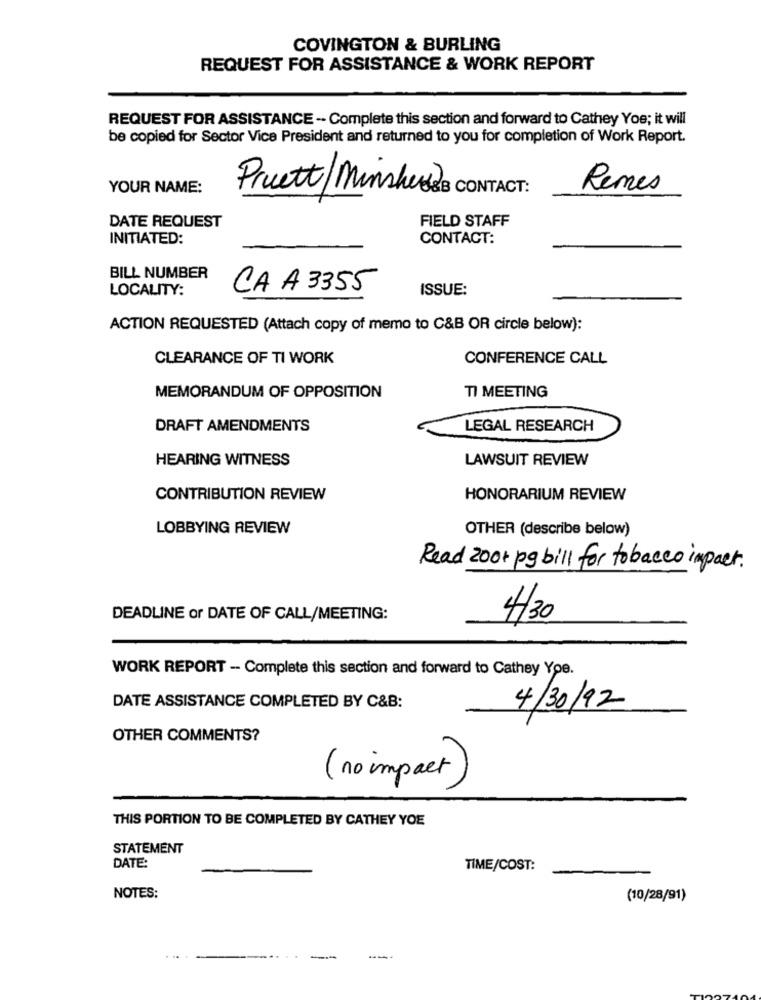
COVINGTON & BURLING
REQUEST FOR ASSISTANCE & WORK REPORT
REQUEST FOR ASSISTANCE -- Complete this section and forward to Cathey Yoe; it will
be copied for Sector Vice President and returned to you for completion of Work Report.
YOUR NAME:
Remes
Pruett|Minshere's CONTACT :
DATE REQUEST
FIELD STAFF
INITIATED:
CONTACT:
BILL NUMBER
LOCALITY:
CA A 3355
ISSUE:
ACTION REQUESTED (Attach copy of memo to C&B OR circle below):
CLEARANCE OF TI WORK
CONFERENCE CALL
MEMORANDUM OF OPPOSITION
TI MEETING
DRAFT AMENDMENTS
LEGAL RESEARCH
HEARING WITNESS
LAWSUIT REVIEW
CONTRIBUTION REVIEW
HONORARIUM REVIEW
LOBBYING REVIEW
OTHER (describe below)
Read 200+ pg bill for tobacco impact.
DEADLINE or DATE OF CALL/MEETING:
4/30
WORK REPORT - Complete this section and forward to Cathey Yoe.
DATE ASSISTANCE COMPLETED BY C&B:
4/30/92
OTHER COMMENTS?
( no impact)
THIS PORTION TO BE COMPLETED BY CATHEY YOE
STATEMENT
DATE:
TIME/COST:
NOTES:
(10/28/91)